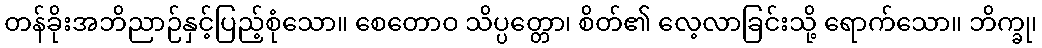
တန်ခိုးအဘိညာဉ်နှင့်ပြည့်စုံသော။ စေတောဝ သိပ္ပတ္တော၊ စိတ်၏ လေ့လာခြင်းသို့ ရောက်သော။ ဘိက္ခု၊